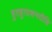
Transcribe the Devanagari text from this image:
हुतहुताशनदीप्ति